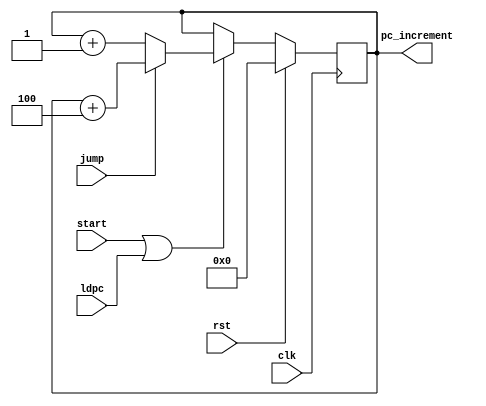
`timescale 1ns / 1ps
//////////////////////////////////////////////////////////////////////////////////
// Company: 
// Engineer: 
// 
// Design Name: 
// Module Name:    program_counter 
// Project Name: 
// Target Devices: 
// Tool versions: 
// Description: 
//
// Dependencies: 
//
// Revision: 
// Revision 0.01 - File Created
// Additional Comments: 
//
//////////////////////////////////////////////////////////////////////////////////
module program_counter(input clk ,rst,jump,start,ldpc,output  reg[3:0] pc_increment );



always@(posedge clk)
begin
       if(rst)
		 begin
  
		 pc_increment = 4'b0000;
     
       end 		 
		  
      else
       begin
		   
		    if(start==1 || ldpc==1  )
			 begin
		 
		      if(jump)
				 
				 pc_increment<=pc_increment + 4'b0100;
           
           else
            	
             pc_increment<=pc_increment + 4'b0001;							 
		   end
			
			else
			
			  pc_increment <=pc_increment;
		 
		 end 






end 







endmodule